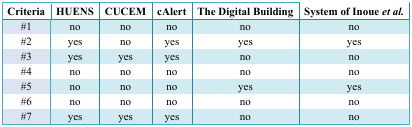
| Criteria | HUENS | CUCEM | cAlert | The Digital Building | System of Inoue et al. |
 | --- | --- | --- | --- | --- | --- |
 | #1 | no | no | no | no | no |
 | #2 | yes | no | yes | yes | yes |
 | #3 | yes | yes | yes | no | no |
 | #4 | no | no | no | no | no |
 | #5 | no | no | no | yes | yes |
 | #6 | no | no | no | no | no |
 | #7 | yes | yes | yes | no | no |